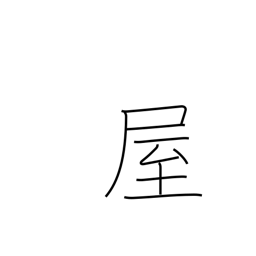
Meaning: seller